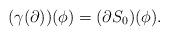
LaTeX: \begin{align*}(\gamma(\partial))(\phi)=(\partial S_0)(\phi) .\end{align*}